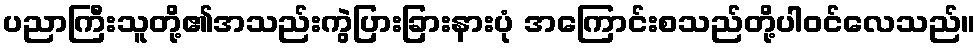
ပညာကြီးသူတို့၏အသည်းကွဲပြားခြားနားပုံ အကြောင်းစသည်တို့ပါဝင်လေသည်။